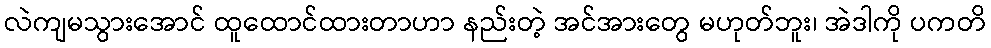
လဲကျမသွားအောင် ထူထောင်ထားတာဟာ နည်းတဲ့ အင်အားတွေ မဟုတ်ဘူး၊ အဲဒါကို ပကတိ